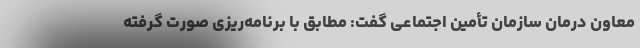
معاون درمان سازمان تأمین اجتماعی گفت: مطابق با برنامه‌ریزی صورت گرفته